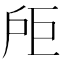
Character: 𪭘